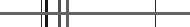
٢٣